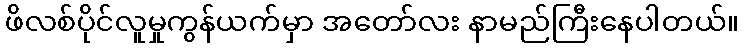
ဖိလစ်ပိုင်လူမှုကွန်ယက်မှာ အတော်လး နာမည်ကြီးနေပါတယ်။